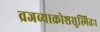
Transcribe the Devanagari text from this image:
व्रजव्याक्रोशसुस्मितः।